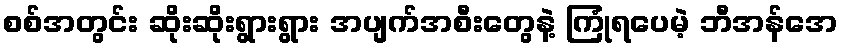
စစ်အတွင်း ဆိုးဆိုးရွားရွား အပျက်အစီးတွေနဲ့ ကြုံရပေမဲ့ ဘီအန်အေ